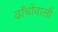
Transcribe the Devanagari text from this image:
ढाँचोंवाली